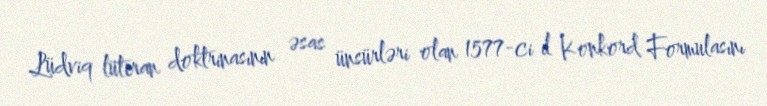
Lüdviq lüteran doktrinasının əsas ünsürləri olan 1577-ci il Konkord Formulasını